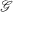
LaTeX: \scriptstyle { \mathcal { G } }